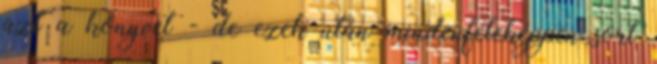
azt a könyvet - de ezek után mindenféleképpen sort